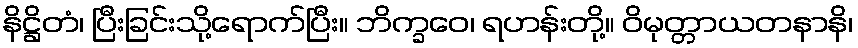
နိဋ္ဌိတံ၊ ပြီးခြင်းသို့ရောက်ပြီး။ ဘိက္ခဝေ၊ ရဟန်းတို့။ ဝိမုတ္တာယတနာနိ၊